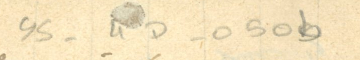
YS - 4D - 050b